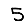
Digit: 5